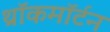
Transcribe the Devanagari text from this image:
थ्रॉकमॉर्टन